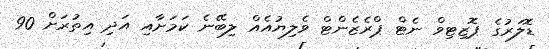
ޑޮލަރުގެ ޕޮޒިޓިވް ނެޓް ޕްރެޒެންޓް ވެލިޔުއެއް ލިބޭނެ ކަމަށާއި އަދި އިތުރަށް 90